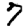
Digit: 7